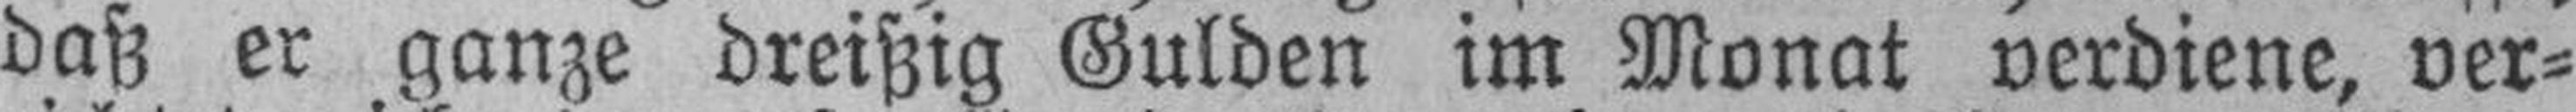
daß er ganze dreißig Gulden im Monat verdiene, ver¬